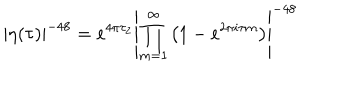
\left| \eta ( \tau ) \right| ^ { - 4 8 } = e ^ { 4 \pi \tau _ { 2 } } \left| \prod _ { m = 1 } ^ { \infty } \left( 1 - e ^ { 2 \pi i \tau m } \right) \right| ^ { - 4 8 }